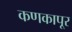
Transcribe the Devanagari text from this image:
कणकापूर